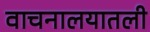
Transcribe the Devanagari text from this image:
वाचनालयातली